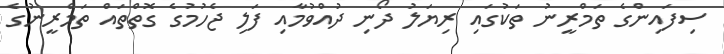
ސިފައިންގެ ތަމްރީނު ތަކުގައި ރިޔަލު ދޯނި ދުއްވުމާއި ފަލި ޖެހުމުގެ ގޮތްތައް ތަމްރީނުގެ